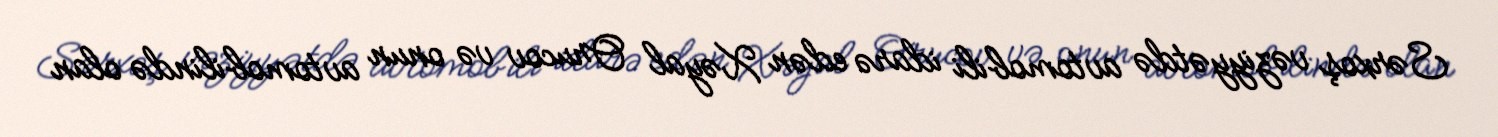
Sərxoş vəziyyətdə avtomobili idarə edən Xəyal Orucov və onun avtomobilində olan